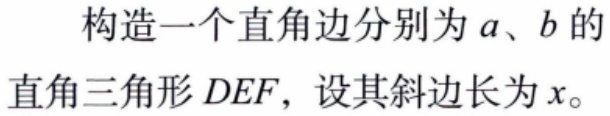
构造一个直角边分别为\(a\)、\(b\)的直角三角形\(DEF\)，设其斜边长为\(x\)。